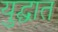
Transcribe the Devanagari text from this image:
युद्घात